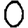
Digit: 0